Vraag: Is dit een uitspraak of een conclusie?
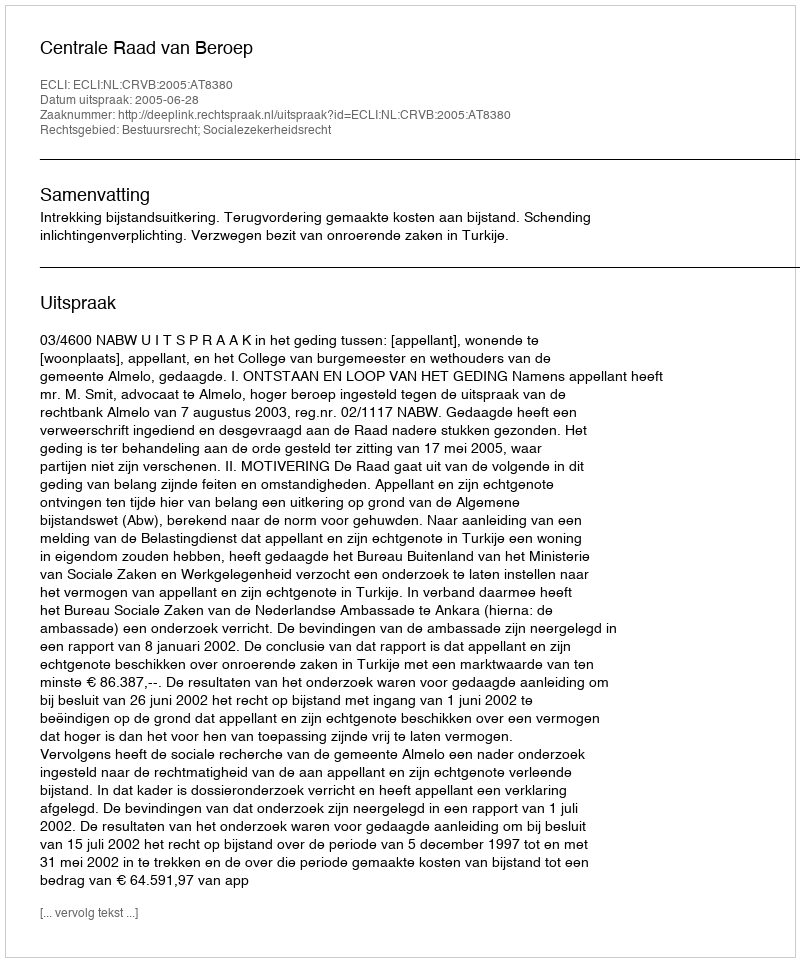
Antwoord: Uitspraak